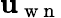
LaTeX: \mathbf{u}_{\mathrm{{~w~n~}}}